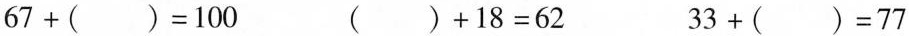
67+()=100 ()+18=62 33+()=77